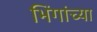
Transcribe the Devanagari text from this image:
भिंगांच्या